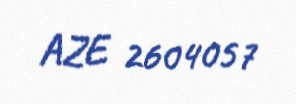
AZE 2604057